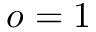
o = 1